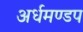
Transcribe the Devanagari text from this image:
अर्धमण्डप